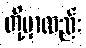
တို့မှာလည်း